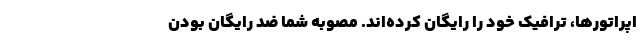
اپراتورها، ترافیک خود را رایگان کرده‌اند. مصوبه شما ضد رایگان بودن